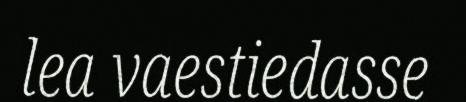
lea vaestiedasse